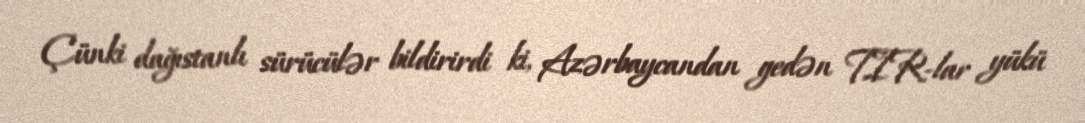
Çünki dağıstanlı sürücülər bildirirdi ki, Azərbaycandan gedən TIR-lar yükü